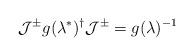
LaTeX: \begin{align*}{\cal J}^{\pm}g(\lambda^{\ast})^{\dag}{\cal J}^{\pm}=g(\lambda)^{-1}\end{align*}